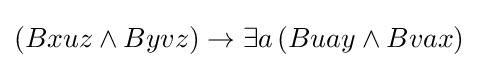
(Bxuz\land Byvz)\rightarrow \exists a\,(Buay\land Bvax)